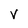
Character: V